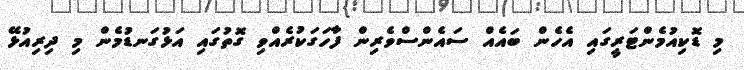
މި ޑޮކިއުމެންޓަރީގައި އެހެން ބައެއް ސައެންސްވެރިން ފާހަގަކުރެއްވި ގޮތުގައި އަޅުގަނޑުމެން މި ދިރިއުޅޭ